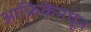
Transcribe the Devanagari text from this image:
आफ्रिकेमधून